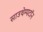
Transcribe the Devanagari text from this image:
साउथेम्पटॉन